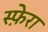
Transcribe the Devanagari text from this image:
स्फ़ेरा